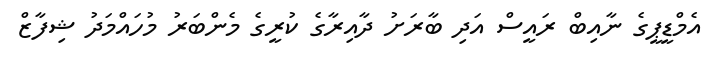
އެމްޑީޕީގެ ނާއިބް ރައީސް އަދި ބާރަށު ދާއިރާގެ ކުރީގެ މެންބަރު މުހައްމަދު ޝިފާޒް